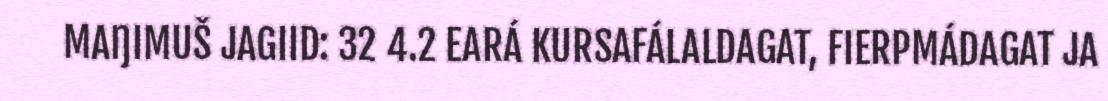
MAŊIMUŠ JAGIID: 32 4.2 EARÁ KURSAFÁLALDAGAT, FIERPMÁDAGAT JA